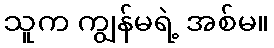
သူက ကျွန်မရဲ့ အစ်မ။